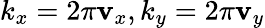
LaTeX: k_{x}=2\pi\mathbf{v}_{x},k_{y}=2\pi\mathbf{v}_{y}